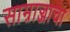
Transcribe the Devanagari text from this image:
साम्राज्जाचा